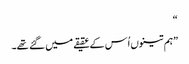
“
”ہم تینوں اُس کے عقیقے میں گئے تھے۔